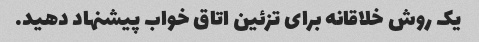
یک روش خلاقانه برای تزئین اتاق خواب پیشنهاد دهید.